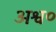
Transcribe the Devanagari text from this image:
अश्व०